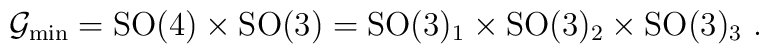
\mathcal{G}_{\rm min} =  \mathrm{SO}(4) \times \mathrm{SO}(3) = \mathrm{SO}(3)_1 \times  \mathrm{SO}(3)_{2} \times \mathrm{SO}(3)_{3}~.